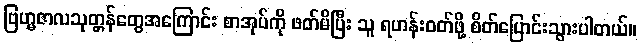
ဗြဟ္မဇာလသုတ္တန်တွေအကြောင်း စာအုပ်ကို ဖတ်မိပြီး သူ ရဟန်းဝတ်ဖို့ စိတ်ပြောင်းသွားပါတယ်။